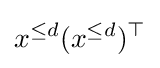
x^{\leq d}(x^{\leq d})^{\top }